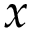
x